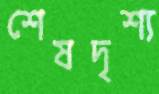
শেষদৃশ্য